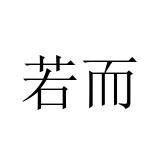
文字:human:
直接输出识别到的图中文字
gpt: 若而